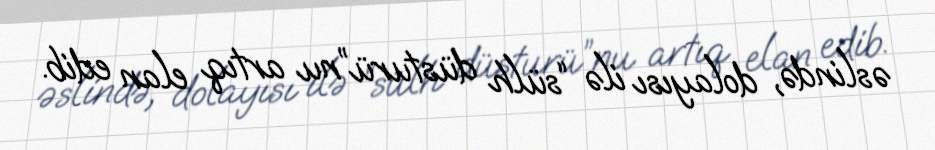
əslində, dolayısı ilə “sülh düsturü”nu artıq elan edib.